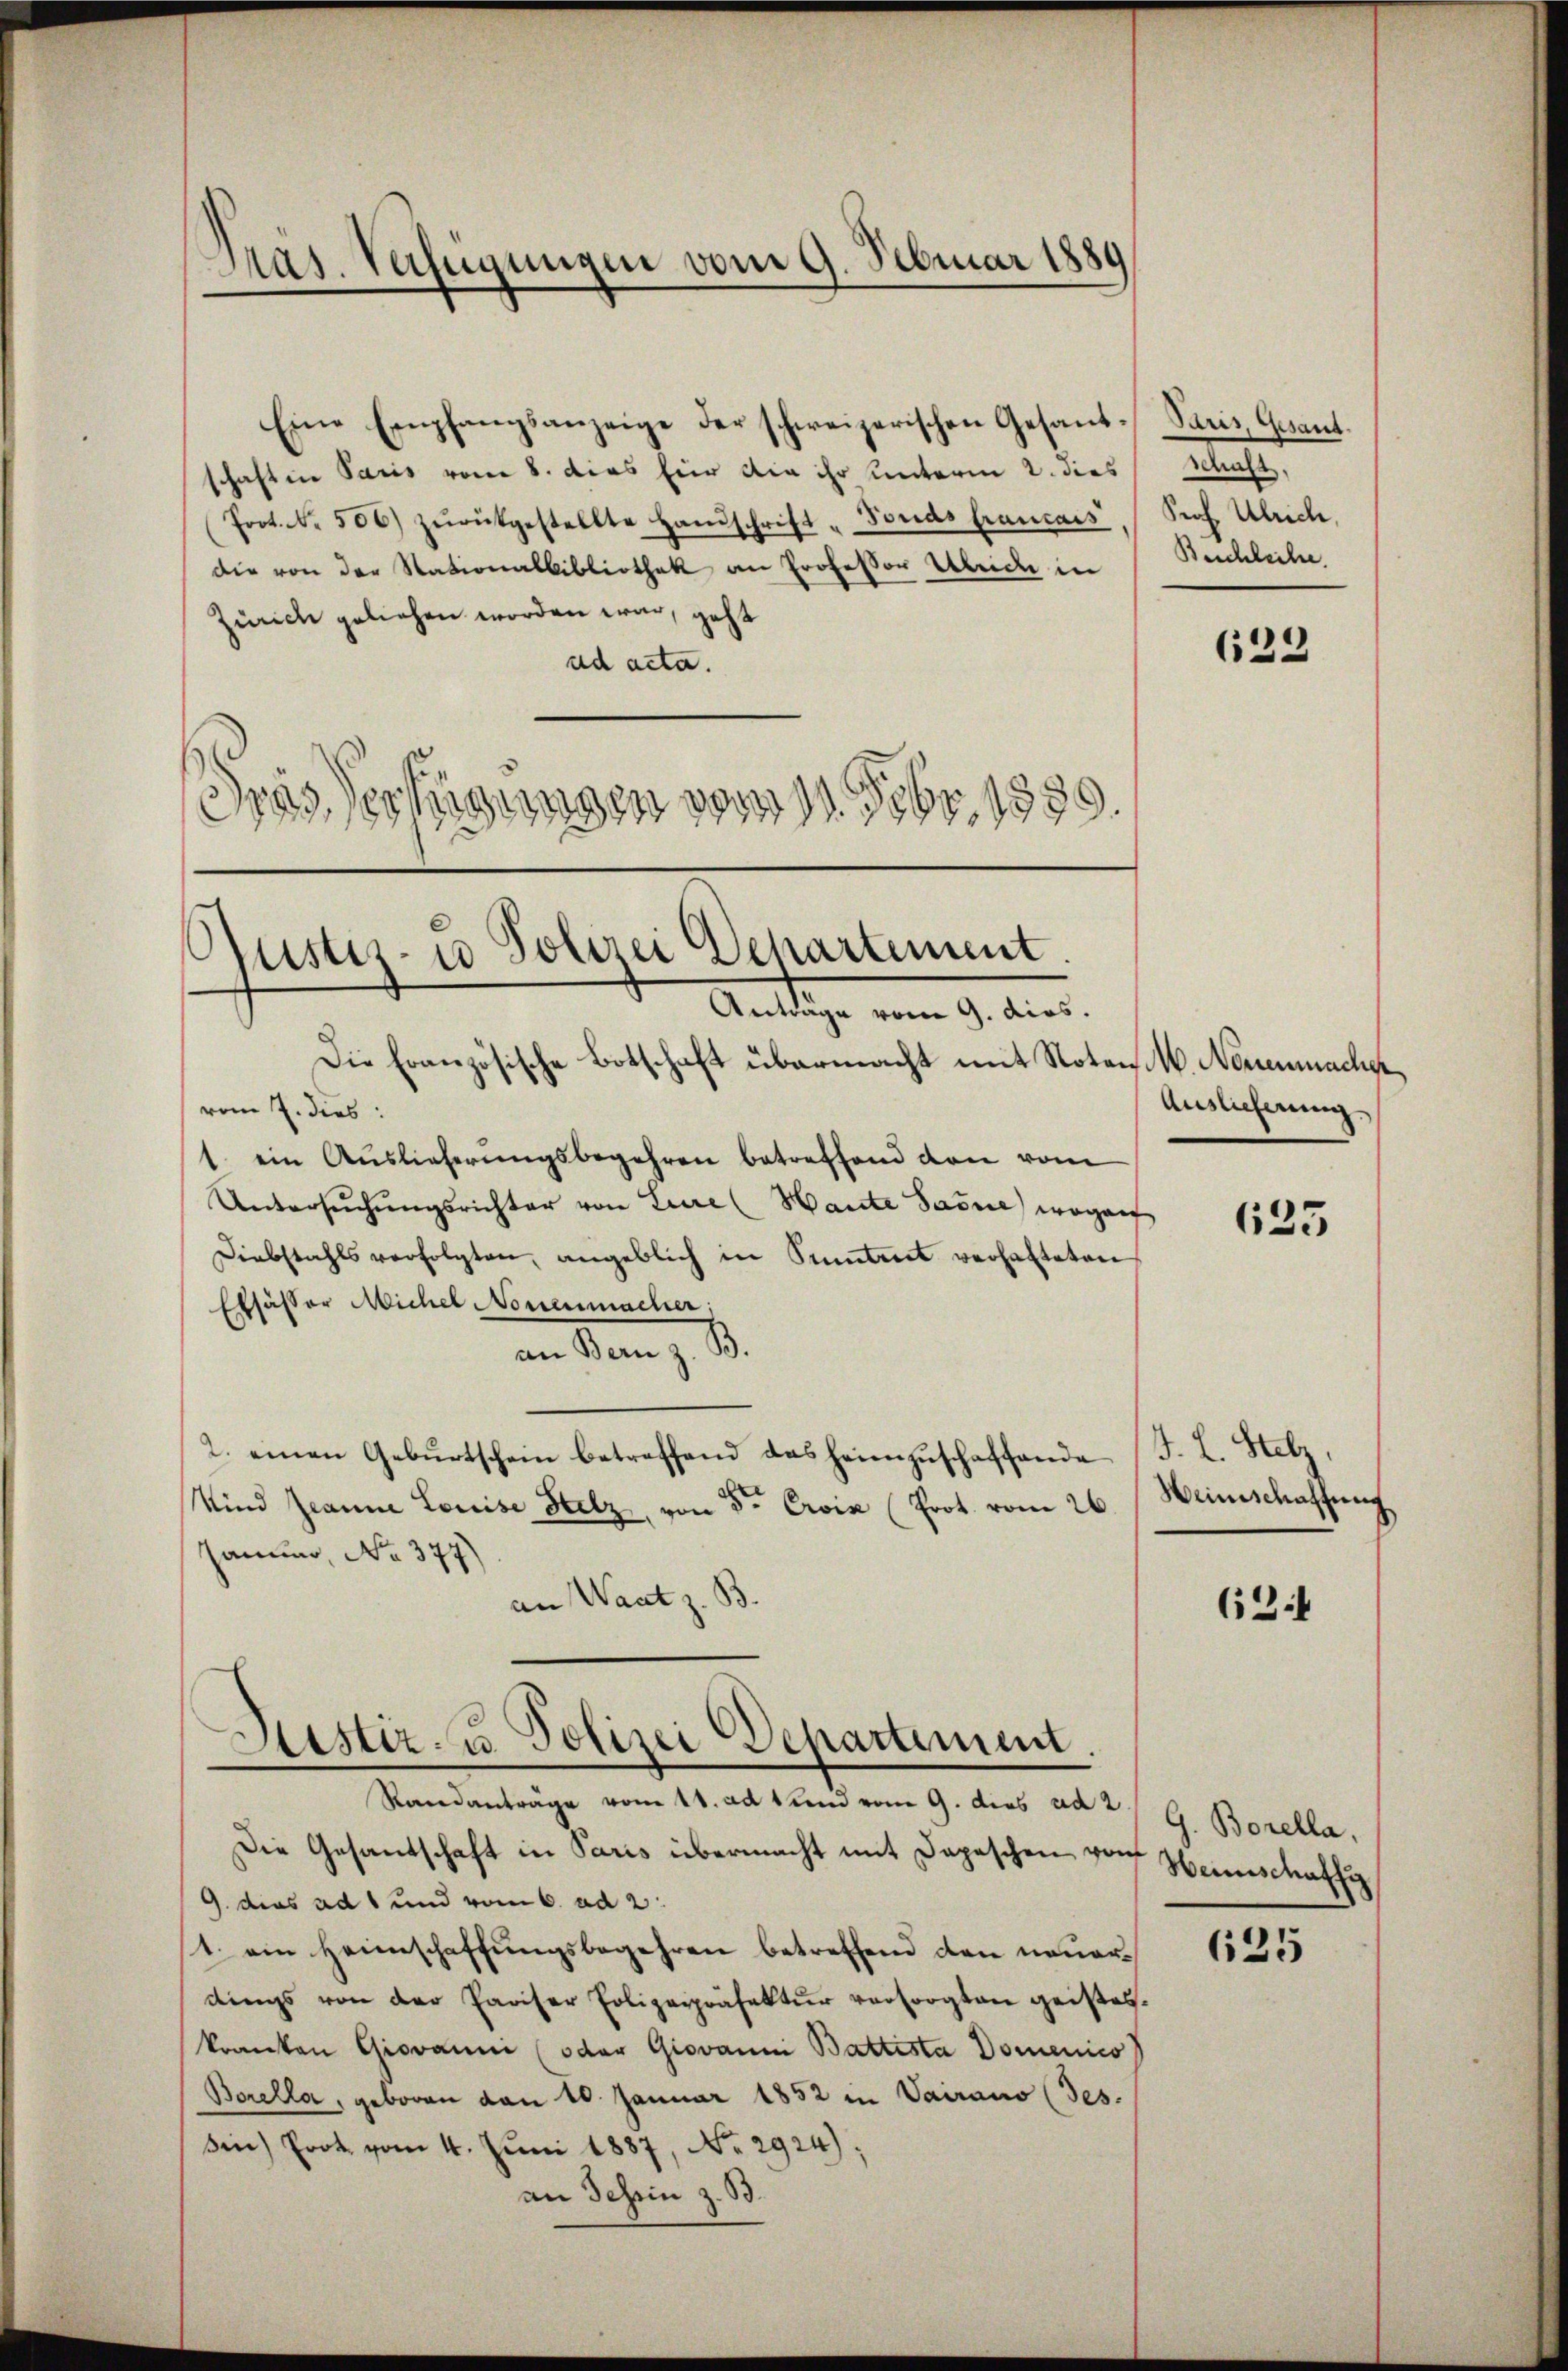
Präs. Verfügungen vom 9. Februar 1889

Eine Empfangsanzeige der schweizerischen Gesand-
schaften Paris vom 8. dies für die ihr unterm 2. dies
(Prot. N. 506) zŭrückgestellte Handschrift - Fonds francais
die von der Nationalbibliothek an Professor Ulrich in
Zürich geliehen worden war, geht
ad acta.
Verfügunge
r
3
., 1399.

Justiz- u Polizei Departement.

Justiz- u. Polizei Departement

Anträge vom 9. dies.
Die Französische Botschaft übermacht mit Noten 4. Nouemacher,
vom 7. dies:
1. ein Auslieferŭngsbegehren betreffend den vom
Untersŭchŭngsrichter von Lure (Hante Sarne) woganf
Diebstahls verfolgten, angeblich in Pintert verhalteten
Elsässer Michel Nouenmacher;
in Man z. B.
2. einen Gebŭrtschein betreffend das heimzuschaffende
Wind Jeanne Louise Holz von der Croix (Prot. vom 26.
Januar, No. 377)
an Waat z. B.

Randanträge vom 11. ad und vom 9. dies ad 2
Die Gesandschaft in Paris übermacht mit Depeschen von Heinschaffe
9. dies ad 1 und vom 6. ad 2.
1. ein Heimschaffungsbegehren betreffend den neuerdings von der Pariser Polizeipräfektur versorgten geisteskranken Giovanni (oder Giovanni Battista Domenico
Borella, geboren von 10. Januar 1852 in Vairano (Jes.
Sin) Prot vom 4. Juni 1887, No. 2924):
an Schein z. B.

Puris, Gesant.
schaft,
Prof. Ulrich,
Beschleihe.

623

Auslieferung

623

J. L. Stelz,
Weinschaffung

62:

G. Borella,

625